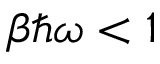
\beta \hbar \omega < 1